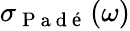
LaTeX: \sigma_{\mathrm{~P~a~d~é~}}(\omega)